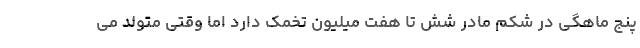
پنج ماهگی در شکم مادر شش تا هفت میلیون تخمک دارد اما وقتی متولد می